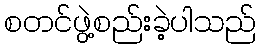
စတင်ဖွဲ့စည်းခဲ့ပါသည်